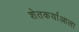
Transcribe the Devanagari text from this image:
शेतकर्याआला